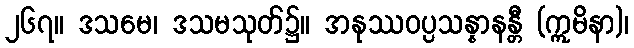
၂၆၇။ ဒသမေ၊ ဒသမသုတ်၌။ အနုဿဝပ္ပသန္နာနန္တီ (ဣမိနာ)၊